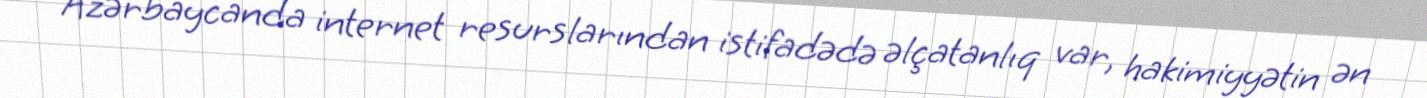
Azərbaycanda internet resurslarından istifadədə əlçatanlıq var, hakimiyyətin ən